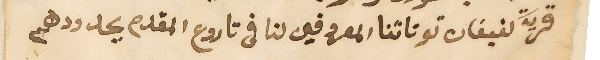
قرية كفيفان توتاتنا المعروفين لنا فى تاروع المقدم بحدودهم